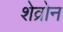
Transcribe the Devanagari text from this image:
शेव्रोन